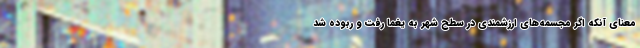
معنای آنکه اگر مجسمه‌های ارزشمندی در سطح شهر به یغما رفت و ربوده شد